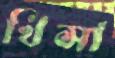
খিসা